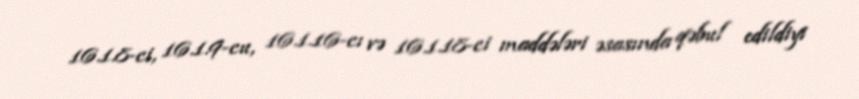
16.1.8-ci, 16.1.9-cu, 16.1.16-cı və 16.1.18-ci maddələri əsasında qəbul edildiyi